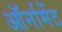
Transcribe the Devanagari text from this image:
ऑर्नामेंट